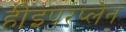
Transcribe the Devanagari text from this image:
हीइपरप्लेन